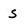
Character: S